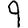
Digit: 9